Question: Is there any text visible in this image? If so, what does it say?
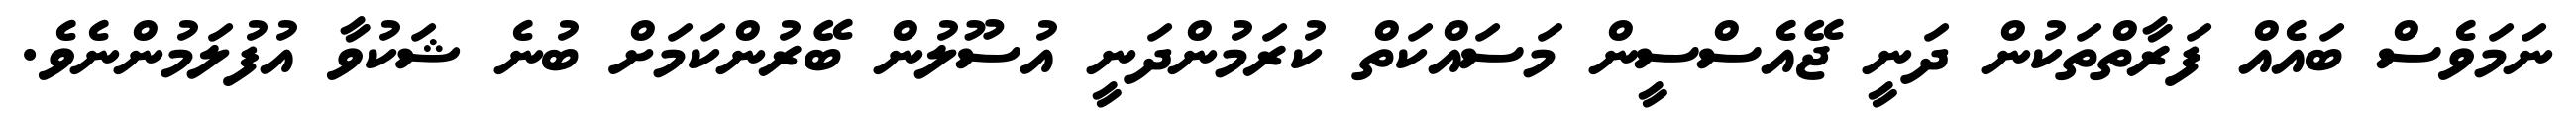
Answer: ނަމަވެސް ބައެއް ފަރާތްތަކުން ދަނީ ޖޭއެސްސީން މަސައްކަތް ކުރަމުންދަނީ އުސޫލުން ބޭރުންކަމަށް ބުނެ ޝަކުވާ އުފުލަމުންނެވެ.